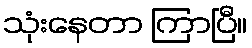
သုံးနေတာ ကြာပြီ။